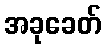
အခုခေတ်